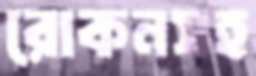
রোকনসহ